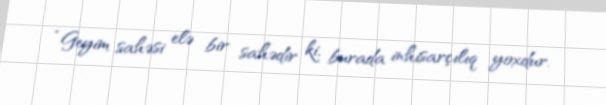
“Geyim sahəsi elə bir sahədir ki, burada inhisarçılıq yoxdur.